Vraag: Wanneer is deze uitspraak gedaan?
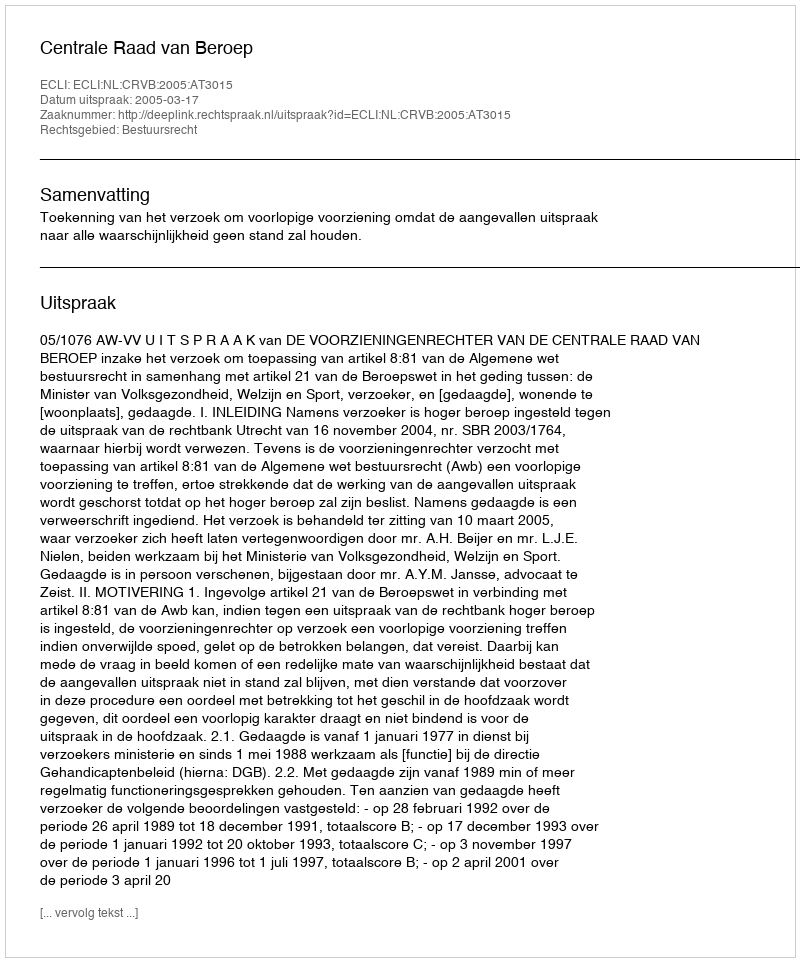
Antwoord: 2005-03-17